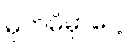
မှတ်မိမှာပေါ့။